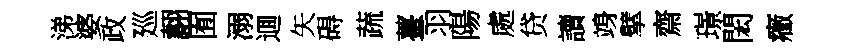
涕婆政廵翿囿溺逥矢碍蔬薹羽陽處贷讀竧擘齋璟閎癥